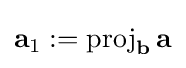
\mathbf {a} _{1}:=\operatorname {proj} _{\mathbf {b} }\mathbf {a}